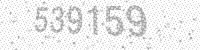
Solution: 539159